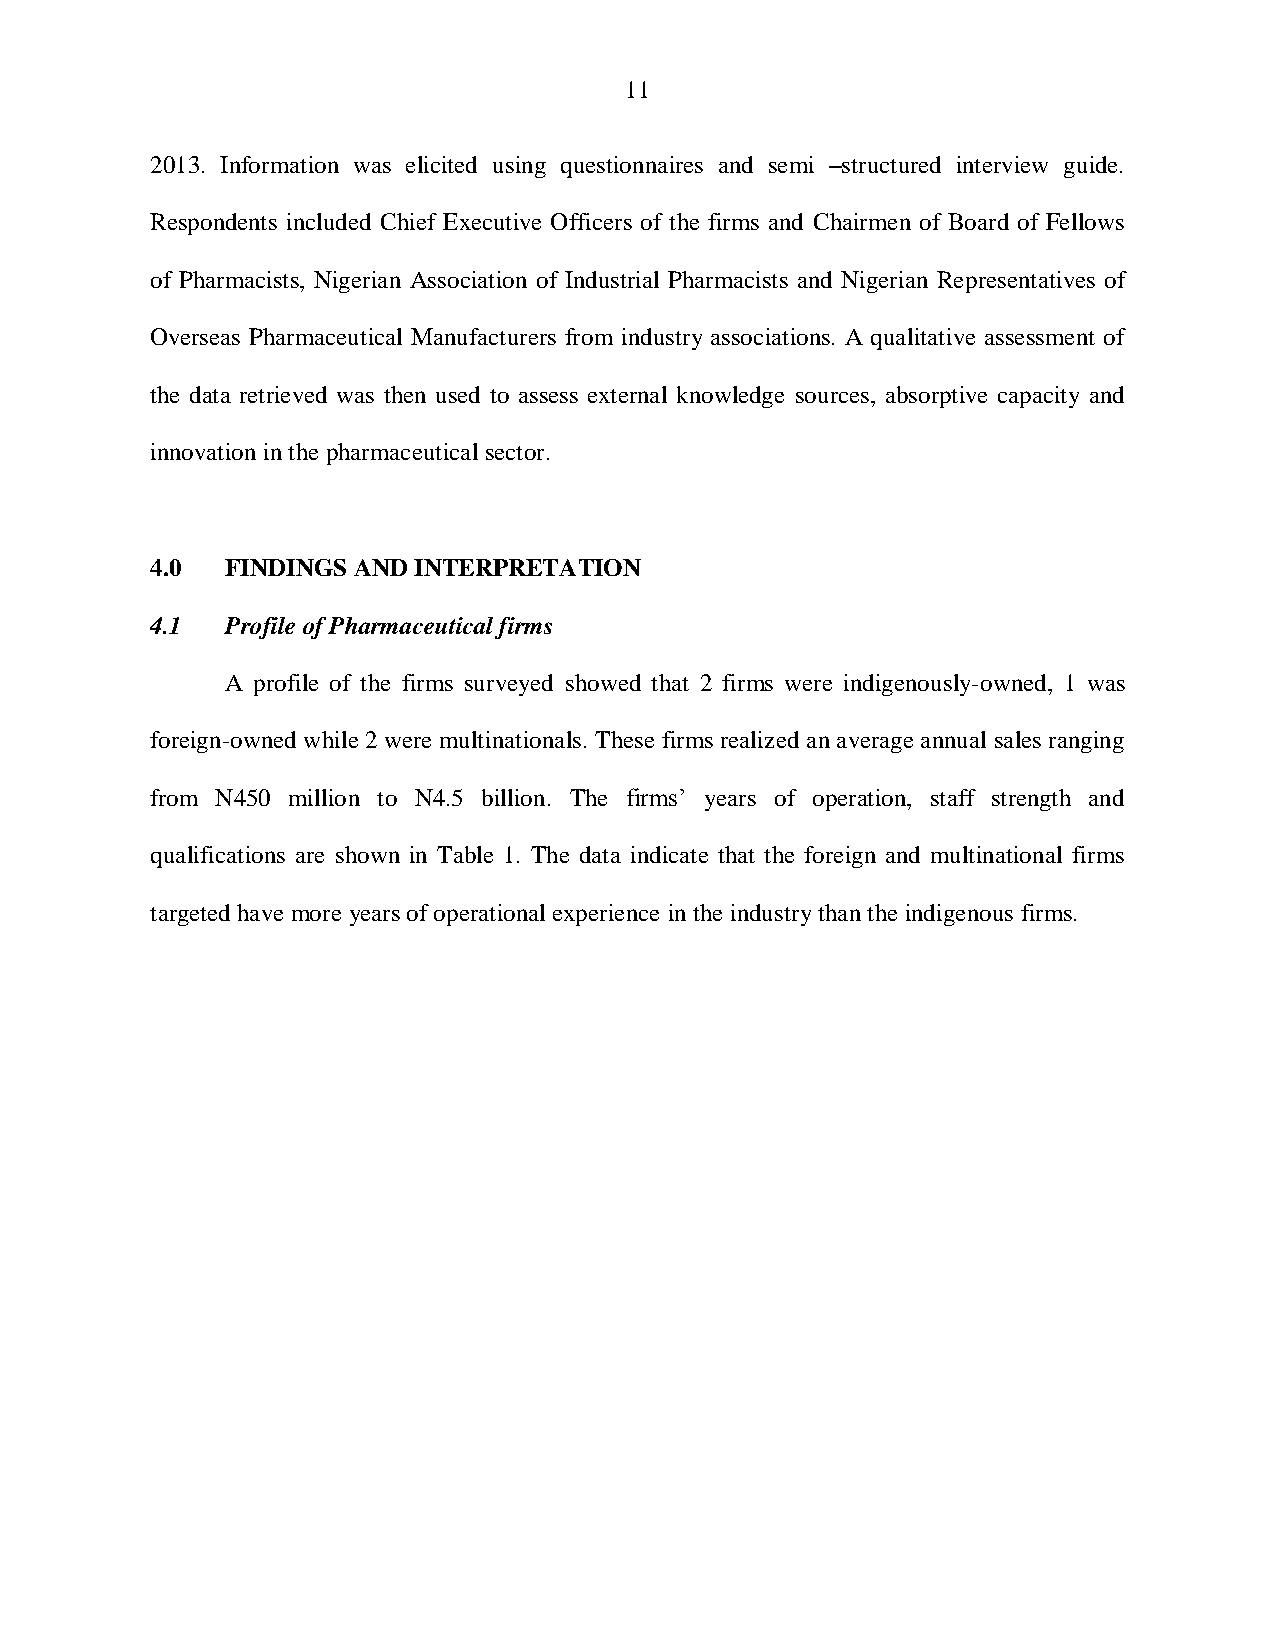
11
 2013. Information was elicited using questionnaires and semi –structured interview guide.
 Respondents included Chief Executive Officers of the firms and Chairmen of Board of Fellows
 of Pharmacists, Nigerian Association of Industrial Pharmacists and Nigerian Representatives of
 Overseas Pharmaceutical Manufacturers from industry associations. A qualitative assessment of
 the data retrieved was then used to assess external knowledge sources, absorptive capacity and
 innovation in the pharmaceutical sector.
 4.0  FINDINGS AND INTERPRETATION
 4.1  Profile of Pharmaceutical firms
 A profile of the firms surveyed showed that 2 firms were indigenously-owned, 1 was
 foreign-owned while 2 were multinationals. These firms realized an average annual sales ranging
 from N450 million to N4.5 billion. The firms‟ years of operation, staff strength and
 qualifications are shown in Table 1. The data indicate that the foreign and multinational firms
 targeted have more years of operational experience in the industry than the indigenous firms.